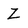
Character: Z